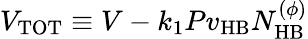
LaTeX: V_{\mathrm{TOT}}\equiv V-k_{1}Pv_{\mathrm{HB}}N_{\mathrm{HB}}^{(\phi)}